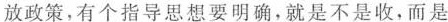
放政策，有个指导思想要明确，就是不是收，而是